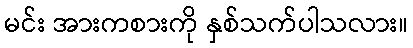
မင်း အားကစားကို နှစ်သက်ပါသလား။